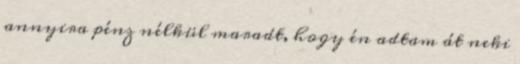
annyira pénz nélkül maradt, hogy én adtam át neki